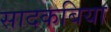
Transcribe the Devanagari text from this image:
सादकबिया